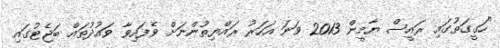
"ހަގީގަތުގައި ރައީސް ޔާމީން 2013 ވަނަ އަހަރު ރައްޔިތުންނަށް ވެފައިވާ ވައުދުތައް ބަޖެޓުގައި